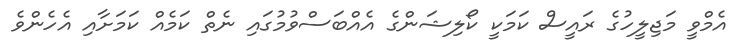
އެމްވީ މަޖިލީހުގެ ރައީސް ކަމަކީ ކޯލިޝަންގެ އެއްބަސްވުމުގައި ނެތް ކަމެއް ކަމަށާއި އެހެންވެ